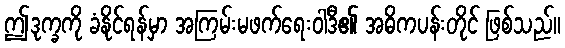
ဤဒုက္ခကို ခံနိုင်ရန်မှာ အကြမ်းမဖက်ရေးဝါဒီ၏ အဓိကပန်းတိုင် ဖြစ်သည်။